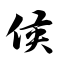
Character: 候